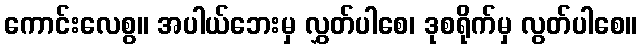
ကောင်းလေစွ။ အပါယ်ဘေးမှ လွှတ်ပါစေ၊ ဒုစရိုက်မှ လွတ်ပါစေ။